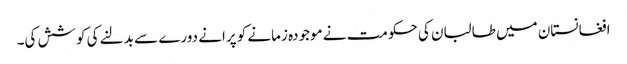
افغانستان میں طالبان کی حکومت نے موجودہ زمانے کو پرانے دورے سے بدلنے کی کوشش کی۔